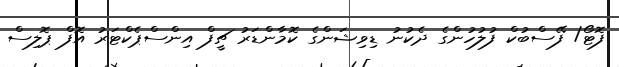
ފޮޓޯ/ ފޭސްބުކް ފުލުހުންގެ ދެކުނު ޑިވިޝަންގެ ކޮމާންޑަރު ޗީފް އިންސްޕެކްޓަރު އޮފް ޕޮލިސް